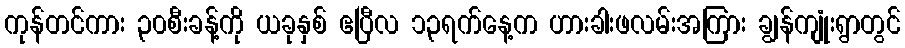
ကုန်တင်ကား ၃၀စီးခန့်ကို ယခုနှစ် ဧပြီလ ၁၃ရက်နေ့က ဟားခါးဖလမ်းအကြား ချွန်ကျုံးရွာတွင်